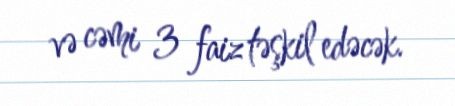
və cəmi 3 faiz təşkil edəcək.